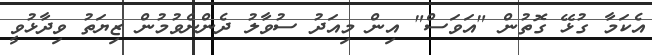
އެކަމާ ގުޅޭ ގޮތުން "އަވަސް" އިން މިއަދު ސުވާލު ދެންނެވުމުން ޒިޔަތު ވިދާޅުވީ